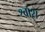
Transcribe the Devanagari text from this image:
श्वाश